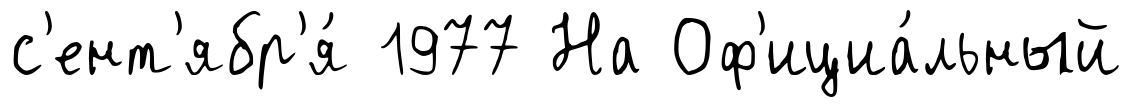
с'ент'ябр'я́ 1977 На Оф'ициа́льный